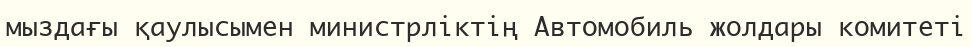
мыздағы қаулысымен министрліктің Автомобиль жолдары комитеті